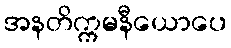
အနတိက္ကမနီယောပေ